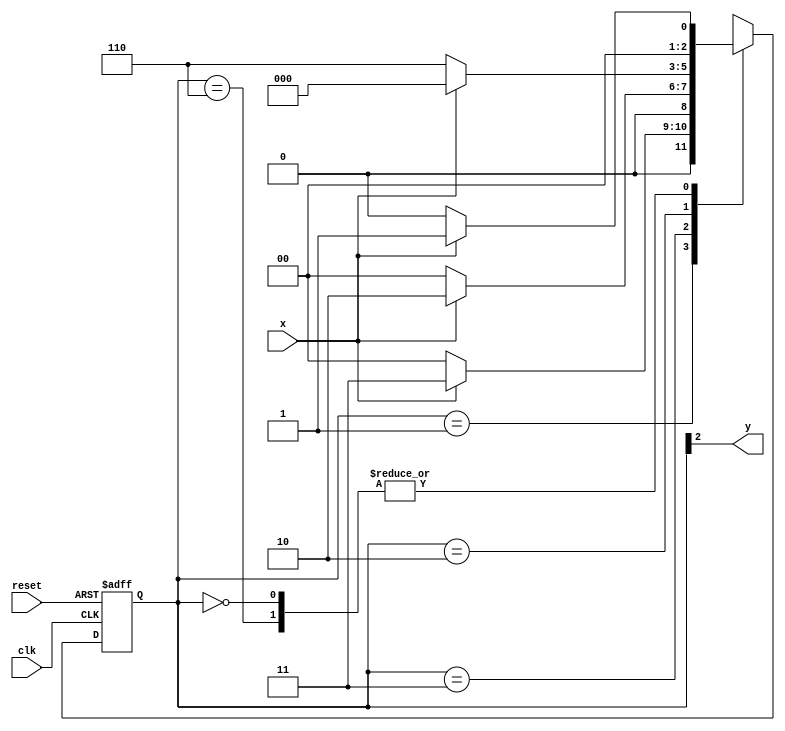
// ------------------
// --- Moore 1110 ---
// ------------------

// constant definition 
	`define found	1 
	`define notfound	0 
 
// FSM by Moore 
	module  moore1110 ( y, x, clk, reset ); 
	output	y; 
	input	x; 
	input	clk; 
	input	reset; 
 
	reg	y;
	
	parameter				// state identifiers 
   start		= 3'b000, 
   id1		= 3'b001, 
   id11		= 3'b011, 
   id110		= 3'b010, 
   id1101	= 3'b110;	//  signal found 
 
   reg [2:0] E1; // current state variables 
   reg [2:0] E2; // next state logic output
	
	// next state logic 
   always @( x or E1 ) 
    begin 
     case( E1 ) 
      start: 
        if ( x ) 
         E2 = id1; 
        else 
         E2 = start; 
      id1: 
        if ( x ) 
         E2 = id11; 
        else 
         E2 = start;
      id11: 
        if ( x ) 
         E2 = id110; 
        else 
         E2 = start;
      id110: 
        if ( x ) 
         E2 = start; 
        else 
         E2 = id1101; 
      id1101: 
        if ( x ) 
         E2 = id1; 
        else 
         E2 = start; 
     default:   // undefined statee   
         E2 = 3'bxxx; 
     endcase 
    end // always at signal or state changing 
 
// state variables 
   always @( posedge clk or negedge reset ) 
    begin 
     if ( reset ) 
      E1 = E2;    // updates current state 
     else 
      E1 = 0;     // reset 
    end // always at signal changing 
 
// output logic 
   always @( E1 ) 
    begin 
     y = E1[2];   // first bit of state value 
    end // always at state changing 
 
endmodule // moore1110